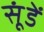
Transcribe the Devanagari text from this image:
सूंडें